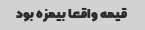
قیمه واقعا بیمزه بود